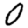
Digit: 0